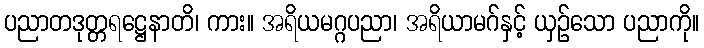
ပညာတဒုတ္တရဋ္ဌေနာတိ၊ ကား။ အရိယမဂ္ဂပညာ၊ အရိယာမဂ်နှင့် ယှဉ်သော ပညာကို။